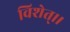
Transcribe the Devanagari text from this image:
विशेत्।।